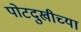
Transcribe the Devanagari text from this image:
पोटदुखीच्या